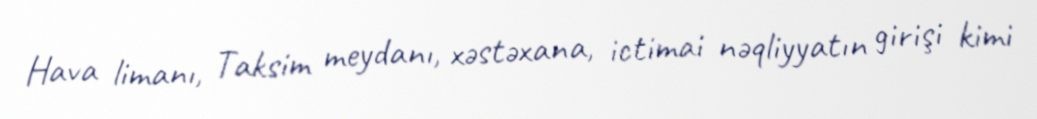
Hava limanı, Taksim meydanı, xəstəxana, ictimai nəqliyyatın girişi kimi